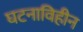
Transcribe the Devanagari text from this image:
घटनाविहीन